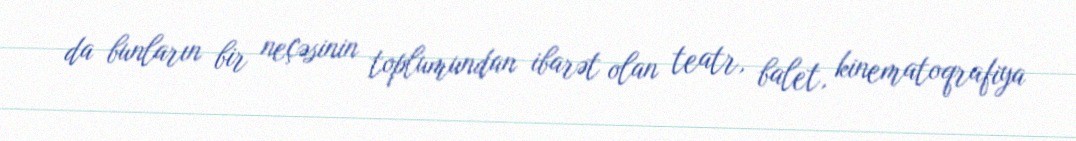
da bunların bir neçəsinin toplumundan ibarət olan teatr, balet, kinematoqrafiya